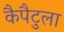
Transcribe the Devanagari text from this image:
कैपैटुला